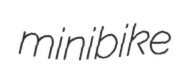
minibike